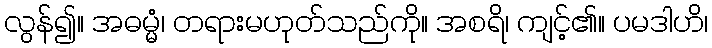
လွန်၍။ အဓမ္မံ၊ တရားမဟုတ်သည်ကို။ အစရိ၊ ကျင့်၏။ ပမဒါဟိ၊